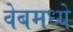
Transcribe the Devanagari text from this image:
वेबमध्ये